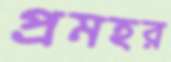
প্রমহর